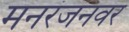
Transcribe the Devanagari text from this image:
मनरंजनवर